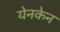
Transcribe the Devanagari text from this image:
येनकेन